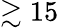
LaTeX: \gtrsim 15